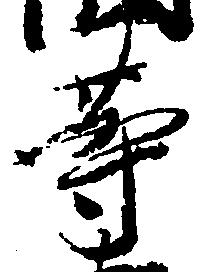
等